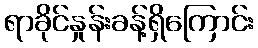
ရာခိုင်နှုန်းခန့်ရှိကြောင်း